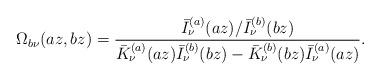
LaTeX: \begin{align*}\Omega _{b\nu }(az,bz)=\frac{\bar{I}_{\nu }^{(a)}(az)/\bar{I}_{\nu}^{(b)}(bz)}{\bar{K}_{\nu }^{(a)}(az)\bar{I}_{\nu }^{(b)}(bz)-\bar{K}_{\nu}^{(b)}(bz)\bar{I}_{\nu }^{(a)}(az)}. \end{align*}